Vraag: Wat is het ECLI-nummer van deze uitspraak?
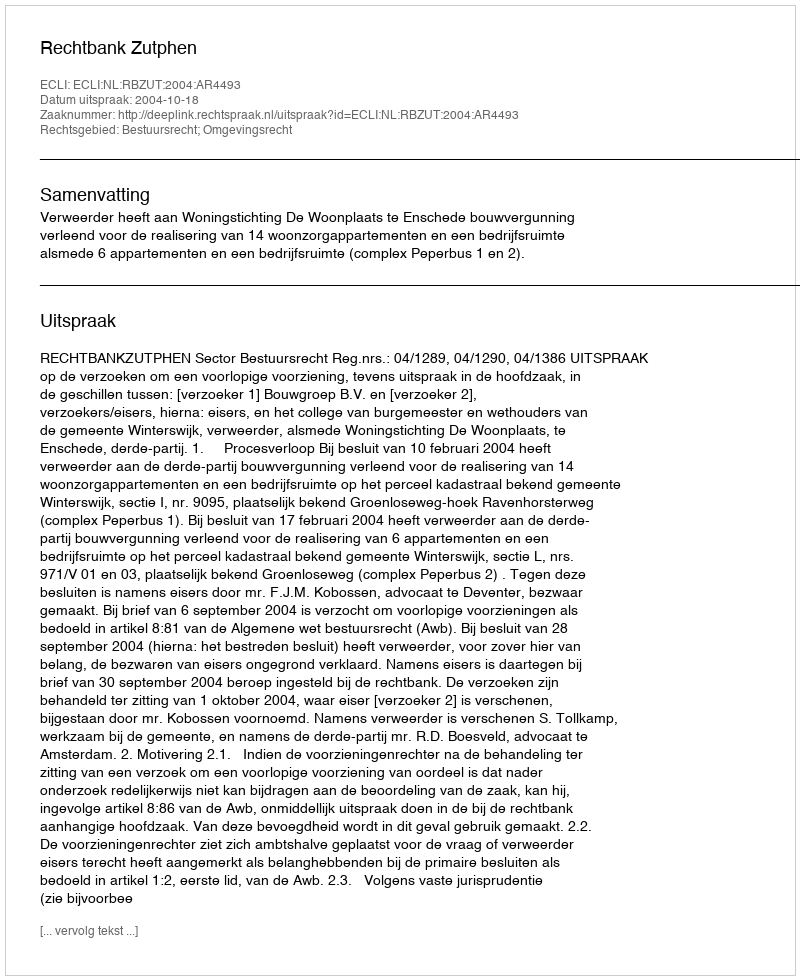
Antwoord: ECLI:NL:RBZUT:2004:AR4493